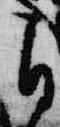
自